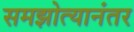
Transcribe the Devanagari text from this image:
समझोत्यानंतर